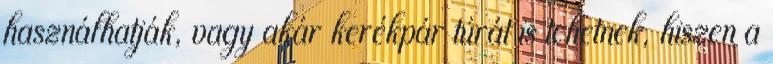
használhatják, vagy akár kerékpár túrát is tehetnek, hiszen a